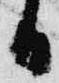
日